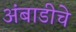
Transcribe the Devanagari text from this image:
अंबाडीचे